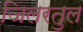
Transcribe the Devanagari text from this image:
जिलरतुल